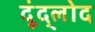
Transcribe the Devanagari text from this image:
दूंद्लोद